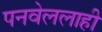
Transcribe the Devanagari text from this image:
पनवेललाही